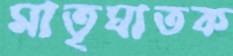
মাতৃঘাতক